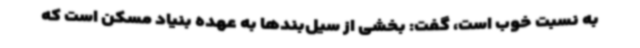
به نسبت خوب است، گفت: بخشی از سیل‌بندها به عهده بنیاد مسکن است که